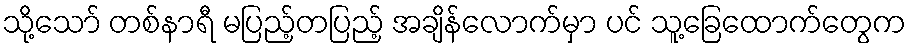
သို့သော် တစ်နာရီ မပြည့်တပြည့် အချိန်လောက်မှာ ပင် သူ့ခြေထောက်တွေက